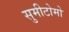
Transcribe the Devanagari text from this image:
सुमीटोमो